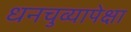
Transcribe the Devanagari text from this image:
धनचुव्यापेक्षा